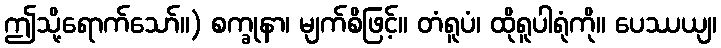
ဤသို့ရောက်သော်။) စက္ခုနာ၊ မျက်စိဖြင့်။ တံရူပံ၊ ထိုရူပါရုံကို။ ပေဿယျ၊